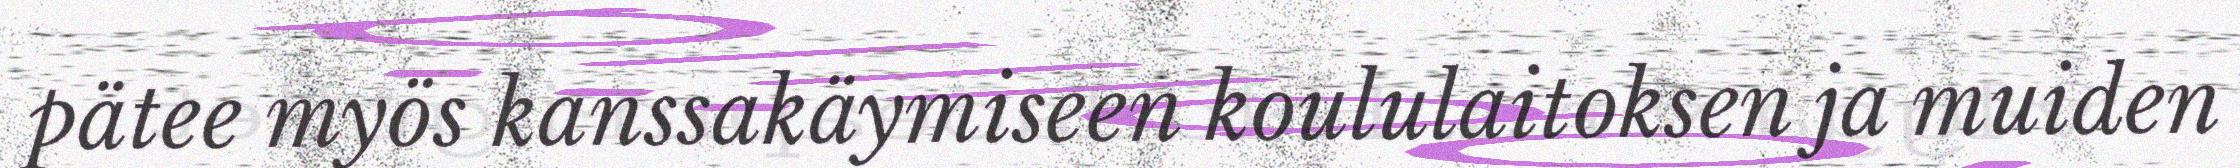
pätee myös kanssakäymiseen koululaitoksen ja muiden